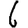
Digit: 6